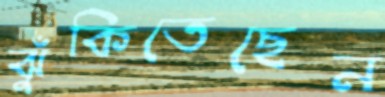
ঝুঁকিতেছেন